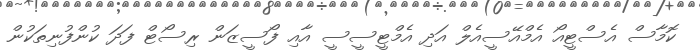
ކޮމާސް އެސްޓީއޯ އެމްއޭސީއެލް އަދި އެމްޓީސީސީ އާއި ފޯސީޒަން ރިސޯޓް ފަދަ ކުންފުނިތަކުން